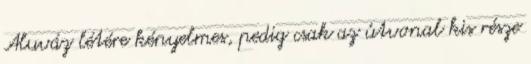
Aluváz létére kényelmes, pedig csak az útvonal kis része